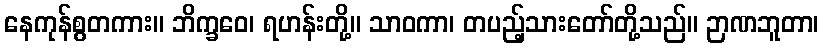
နေကုန်စွတကား။ ဘိက္ခဝေ၊ ရဟန်းတို့။ သာဝကာ၊ တပည့်သားတော်တို့သည်။ ဉာဏဘူတာ၊